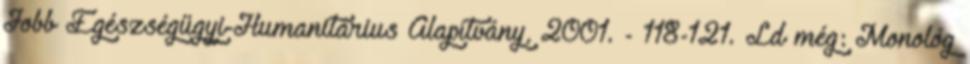
Jobb Egészségügyi-Humanitárius Alapítvány, 2001. - 118-121. Ld még: Monológ